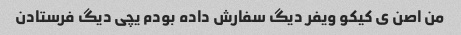
من اصن ی کیکو ویفر دیگ سفارش داده بودم یچی دیگ فرستادن